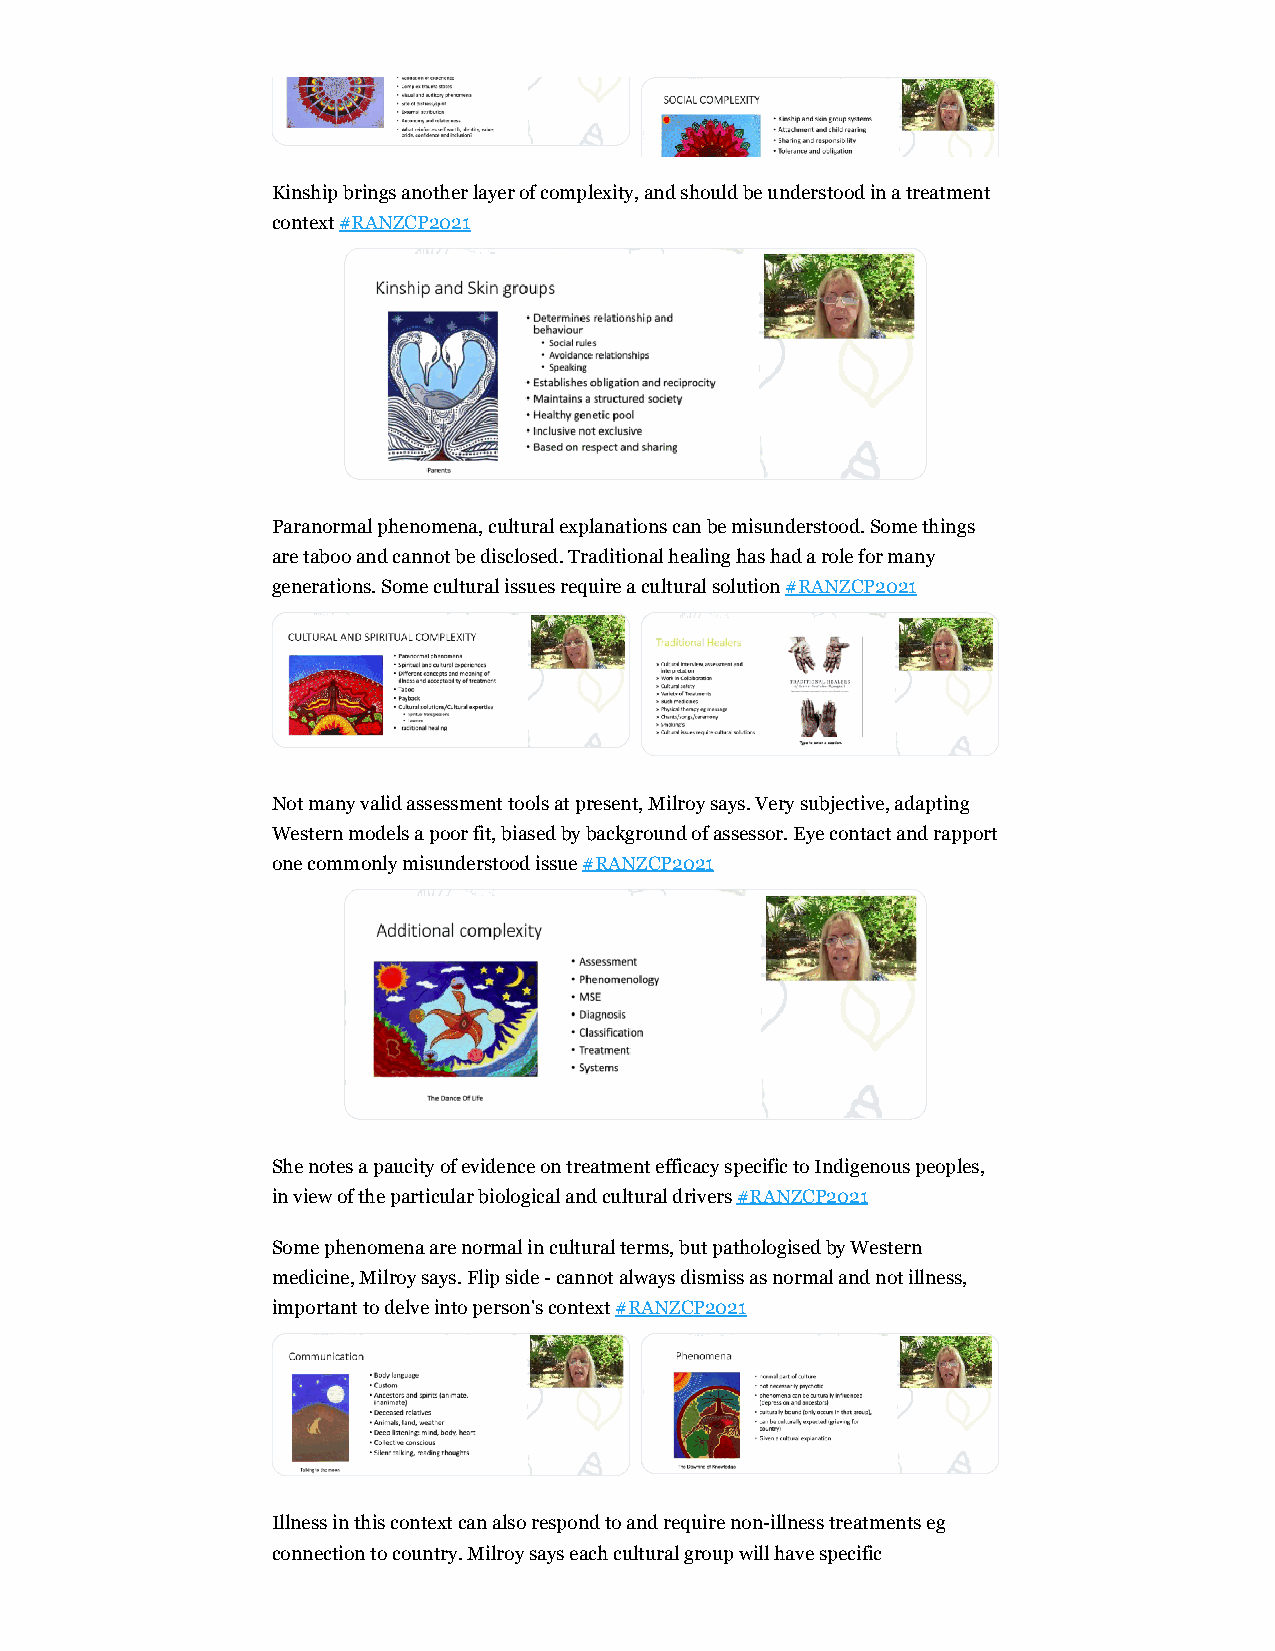
Kinship brings another layer of complexity, and should be understood in a treatment
 context #RANZCP2021
 Paranormal phenomena, cultural explanations can be misunderstood. Some things
 are taboo and cannot be disclosed. Traditional healing has had a role for many
 generations. Some cultural issues require a cultural solution #RANZCP2021
 Not many valid assessment tools at present, Milroy says. Very subjective, adapting
 Western models a poor fit, biased by background of assessor. Eye contact and rapport
 one commonly misunderstood issue #RANZCP2021
 She notes a paucity of evidence on treatment efficacy specific to Indigenous peoples,
 in view of the particular biological and cultural drivers #RANZCP2021
 Some phenomena are normal in cultural terms, but pathologised by Western
 medicine, Milroy says. Flip side - cannot always dismiss as normal and not illness,
 important to delve into person's context #RANZCP2021
 Illness in this context can also respond to and require non-illness treatments eg
 connection to country. Milroy says each cultural group will have specific